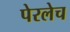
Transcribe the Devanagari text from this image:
पेरलेच